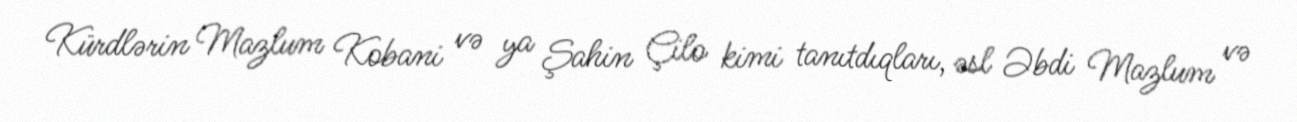
Kürdlərin Mazlum Kobani və ya Şahin Çilo kimi tanıtdıqları, əsl Əbdi Mazlum və